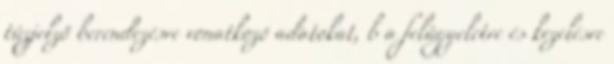
tûzjelzõ berendezésre vonatkozó adatokat, b a felügyeletre és kezelésre